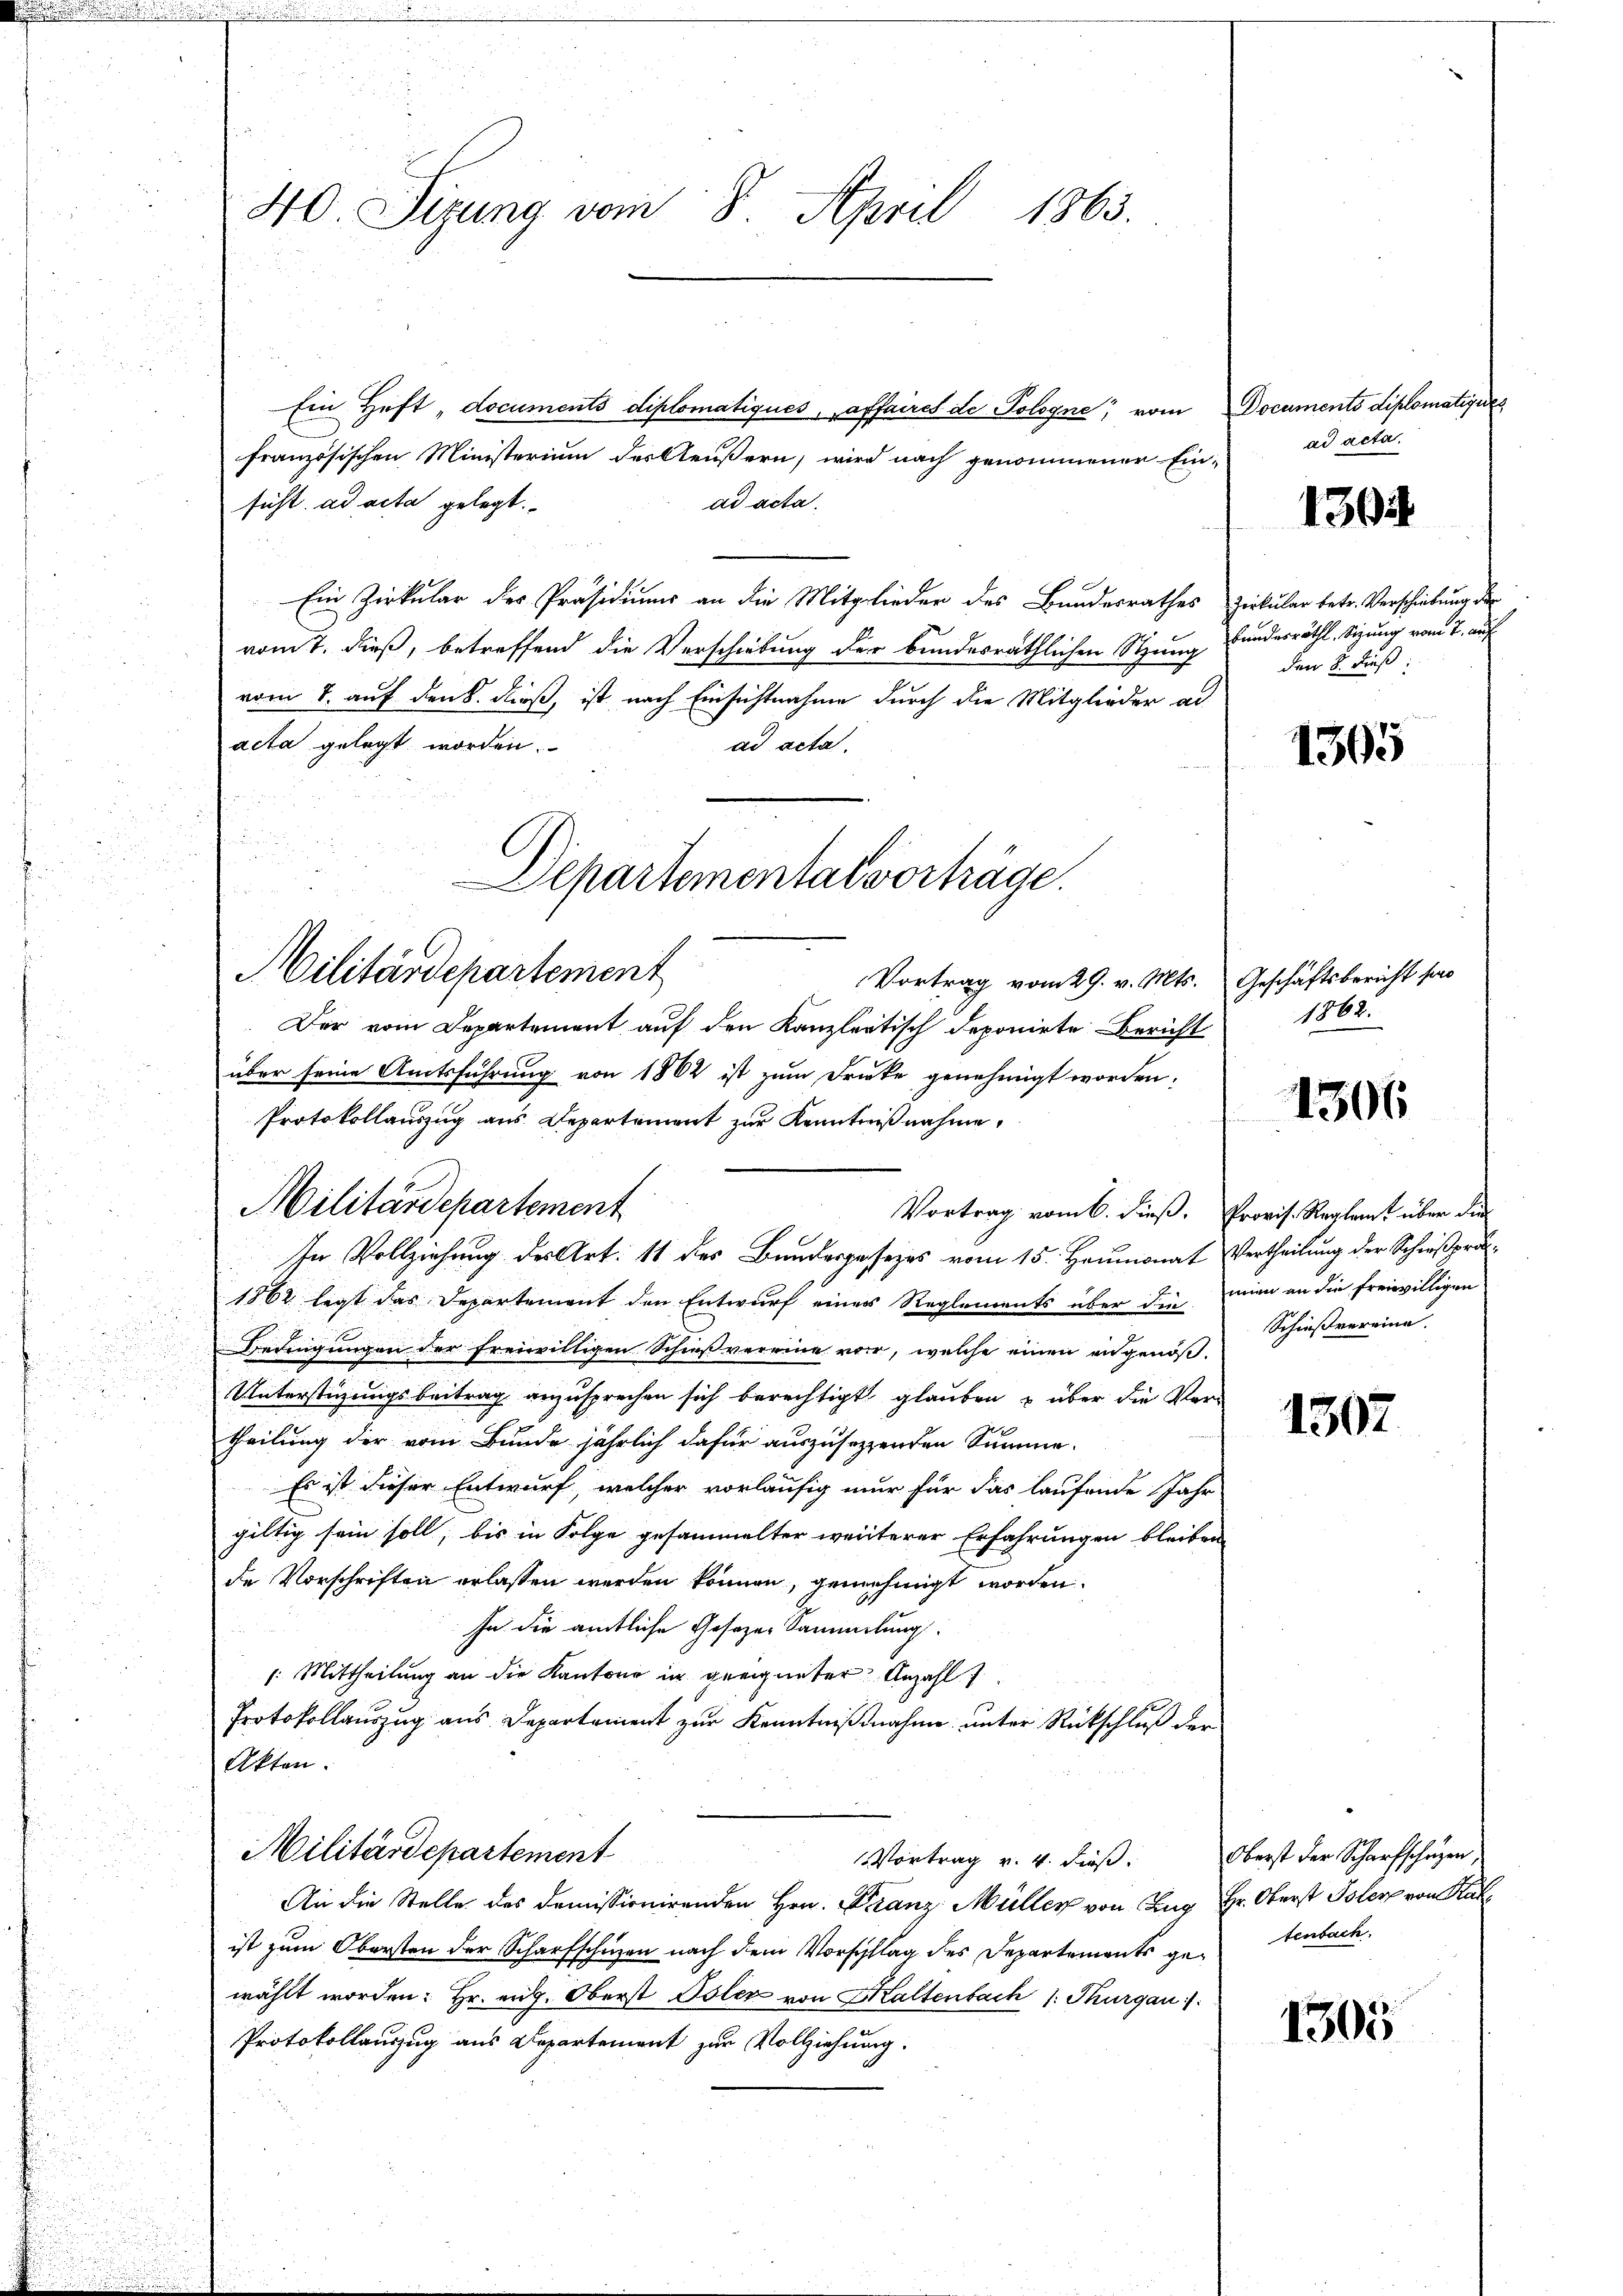
.

Der vom Departement auf den Kanzleytisch deponirte Bericht
über seine Amtsführung von 1862 ist zum Drucke genehmigt worden.
Protokollauszug aus Departement zur Kenntnißnahme,
Vortrag vom 6. dieß. Provis. Reglent über die
d
In Vollziehung des Art. 11 des Bundespasezes vom 15. Heumonat Vertheilung der Schießprä¬
1862 legt das Departement den Entwurf eines Reglements über die mien an die freiwilligen
Bedingungen der freiwilligen Schießvereine vor, welche einen angenöß¬
Unterstigungsbeitrag anzusprechen sich berechtigt glauben u über die Vertheilung der vom Bunde jährlich dafür auszusetzenden Summe.
Es ist dieser Entwurf, welcher vorläufig nur für das laufende Jahr
gültig sein soll, bis in Folge gesammelter weiterer Erfahrungen bleiben,
de Vorschriften erlassen werden können, genehmigt worden.
In die amtliche Gesezes Sammlung.
1: Mittheilung an die Kantone in geeigneter Anzahl
Protokollauszug aus Departement zur Kenntnißnahme unter Rückschluß der
Akten.
Militärdepartement
Vortrag v. 4. dieß.
An die Stelle des domissionirenden Hrn. Franz Müller von Zug Hr. Oberst Isler von Kal
ist zum Obersten der Scharfschien nach dem Vorschlag des Departements gewählt worden: Hr. erg. Oberst Isler von Kaltenbach 1. Thurgau)
Protokollauszug aus Departement zur Vollziehung.

40. Sizung vom 8. April 1863.

Ein Heft „documents diplomatiques, affaires de Pologne, vom Documents diplomatiques
französischen Ministerium des Aeußern, wird nach genommener Ein-
ad acta.
sicht ad acta gelegt.
Ein Zirkŭlar des Präsidiŭms an die Mitglieder des Bundesrathes Zirkŭlar betr. Verschiebung der
vom 7. dieß, betreffend die Verschiebung der bundesräthlichen Stung fundesräthl. Sitzung vom 2. auf
vom 8. auf den 8. dieß, ist nach Einsichtnahme durch die Mitglieder ad
acta gelegt worden.
ad acta.

Departemental verhäge
Militärdepartement
Vortrag vom 29. v. Mts. Geschäftsbericht ha

Militärdepartement

ad acta.

130

den 8. dieß:

1305

1862.

1306

Schießvereina

1307

Oberst der Scharfschüzen,
tenbach.

1305